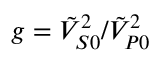
g = \tilde { V } _ { S 0 } ^ { 2 } / \tilde { V } _ { P 0 } ^ { 2 }